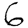
Digit: 6